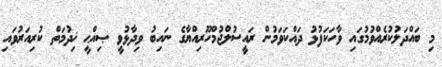
މި ބައްދަލުކުރެއްވުމުގައި ވާހަކަފުޅު ދައްކަވަމުން ރައީސުލްޖުމްހޫރިއްޔާގެ ނައިބު ވިދާޅުވީ ޞިއްޙީ ޚިދުމަތް ކުރިއަރުވައި